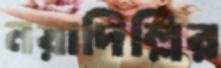
নয়াদিল্লির